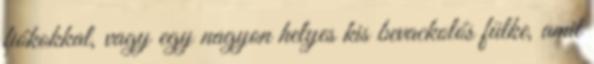
fiókokkal, vagy egy nagyon helyes kis bevackolós fülke, amit